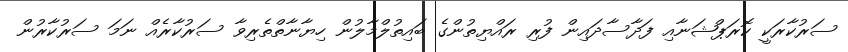
ސަރުކާރަކީ ކޮރަޕްޝަނާއި ފަދާސާދައިން ފުރި ރައްޔިތުންގެ ބައިތުލްމާލުން ހިޔާނާތްތެރިވާ ސަރުކާރެއް ނަމަ ސަރުކާރުން